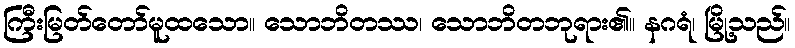
ကြီးမြတ်တော်မူထသော။ သောဘိတဿ၊ သောဘိတဘုရား၏။ နဂရံ၊ မြို့သည်။